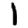
Digit: 1